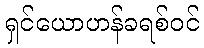
ရှင်ယောဟန်ခရစ်ဝင်